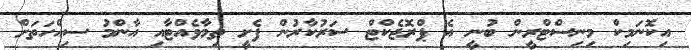
އިކޮނަމިކް މިނިސްޓްރީން ބުނީ އެ ޕްރޮޖެކްޓް ސަރުކާރުން ފެށީ ތިމާވެއްޓާއި އާންމު ސިއްހަތަށް